Indian journal of veterinary science and animal husbandry - Volume 3,
Year: 1933
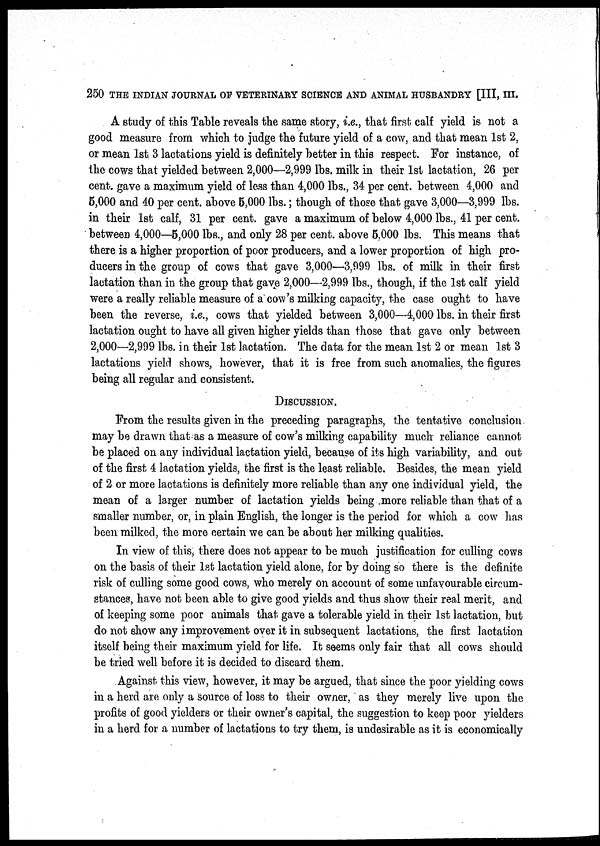
250 THE INDIAN JOURNAL OF VETERINARY SCIENCE AND ANIMAL HUSBANDRY [III, III.
A study of this Table reveals the same story, i.e., that first calf yield is not a
good measure from which to judge the future yield of a cow, and that mean 1st 2,
or mean 1st. 3 lactations yield is definitely better in this respect. For instance, of
the cows that yielded between 2,000—2,999 lbs. milk in their 1st lactation, 26 per
cent. gave a maximum yield of less than 4,000 lbs., 34 per cent. between 4,000 and
5,000 and 40 per cent. above 5,000 lbs.; though of those that gave 3,000—3,999 lbs.
in their 1st calf, 31 per cent. gave a maximum of below 4,000 lbs., 41 per cent.
between 4,000—5,000 lbs., and only 28 per cent. above 5,000 lbs. This means that
there is a higher proportion of poor producers, and a lower proportion of high pro-
ducers in the group of cows that gave 3,000—3,999 lbs. of milk in their first
lactation than in the group that gave 2,000—2,999 lbs., though, if the 1st calf yield
were a really reliable measure of a cow's milking capacity, the case ought to have
been the reverse, i.e., cows that yielded between 3,000—4,000 lbs. in their first
lactation ought to have all given higher yields than those that gave only between
2,000—2,999 lbs. in their 1st lactation. The data for the mean 1st 2 or mean 1st 3
lactations yield shows, however, that it is free from such anomalies, the figures
being all regular and consistent.
DISCUSSION.
From the results given in the preceding paragraphs, the tentative conclusion
may be drawn that as a measure of cow's milking capability much reliance cannot
be placed on any individual lactation yield, because of its high variability, and out
of the first 4 lactation yields, the first is the least reliable. Besides, the mean yield
of 2 or more lactations is definitely more reliable than any one individual yield, the
mean of a larger number of lactation yields being more reliable than that of a
smaller number, or, in plain English, the longer is the period for which a cow has
been milked, the more certain we can be about her milking qualities.
In view of this, there does not appear to be much justification for culling cows
on the basis of their 1st lactation yield alone, for by doing so there is the definite
risk of culling some good cows, who merely on account of some unfavourable circum-
stances, have not been able to give good yields and thus show their real merit, and
of keeping some poor animals that gave a tolerable yield in their 1st lactation, but
do not show any improvement over it in subsequent lactations, the first lactation
itself being their maximum yield for life. It seems only fair that all cows should
be tried well before it is decided to discard them.
Against this view, however, it may be argued, that since the poor yielding cows
in a herd are only a source of loss to their owner, as they merely live upon the
profits of good yielders or their owner's capital, the suggestion to keep poor yielders
in a herd for a number of lactations to try them, is undesirable as it is economically